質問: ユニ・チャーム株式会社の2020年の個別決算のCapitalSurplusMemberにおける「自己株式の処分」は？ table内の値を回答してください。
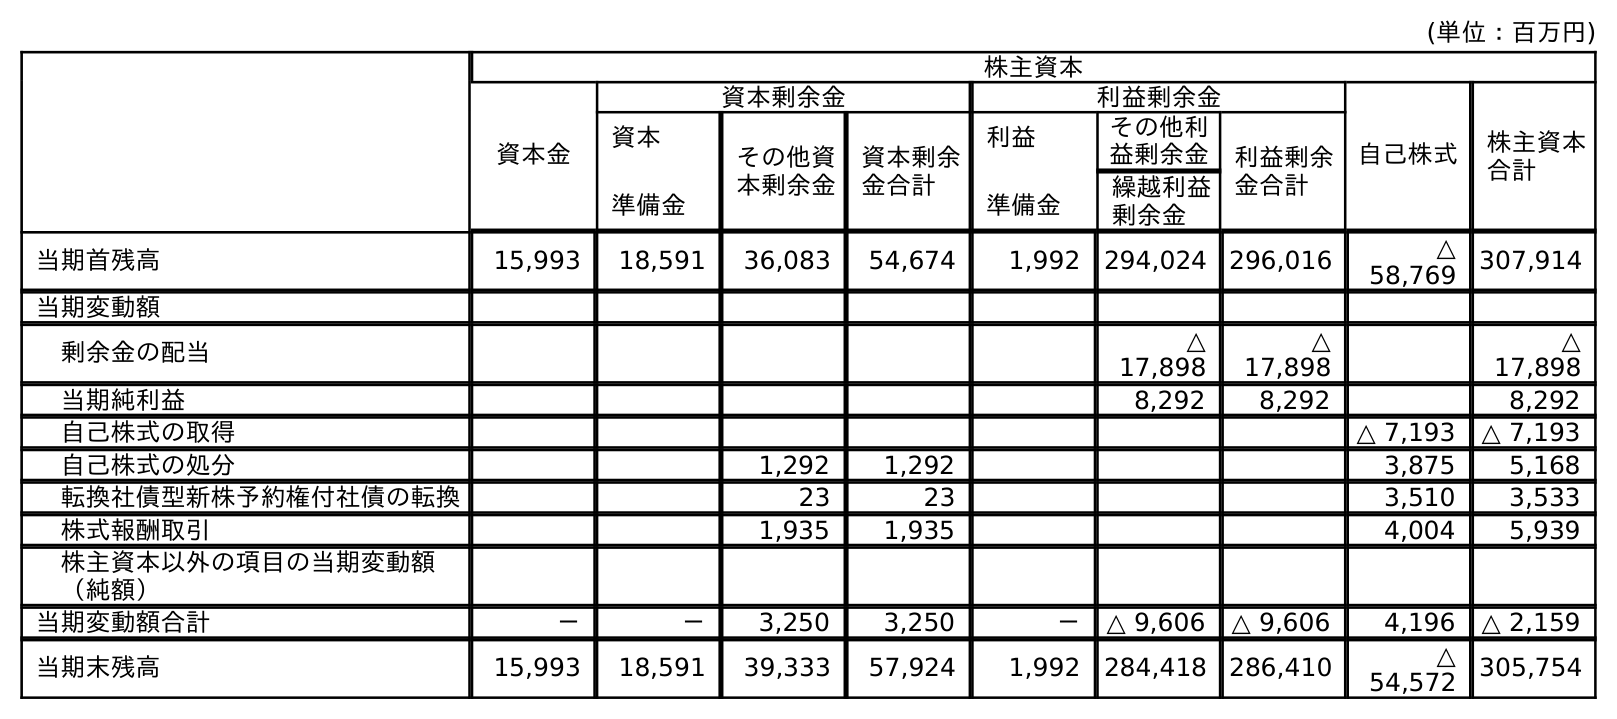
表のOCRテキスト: (単位：百万円) 株主資本 資本金 資本剰余金 利益剰余金 自己株式 株主資本 合計 資本 準備金 その他資 本剰余金 資本剰余 金合計 利益 準備金 その他利 益剰余金 利益剰余 金合計 繰越利益 剰余金 当期首残高 15,993 18,591 36,083 54,674 1,992 294,024 296,016 △ 58,769 307,914 当期変動額 剰余金の配当 △ 17,898 △ 17,898 △ 17,898 当期純利益 8,292 8,292 8,292 自己株式の取得 △ 7,193 △ 7,193 自己株式の処分 1,292 1,292 3,875 5,168 転換社債型新株予約権付社債の転換 23 23 3,510 3,533 株式報酬取引 1,935 1,935 4,004 5,939 株主資本以外の項目の当期変動額 （純額） 当期変動額合計 － － 3,250 3,250 － △ 9,606 △ 9,606 4,196 △ 2,159 当期末残高 15,993 18,591 39,333 57,924 1,992 284,418 286,410 △ 54,572 305,754
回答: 1,292